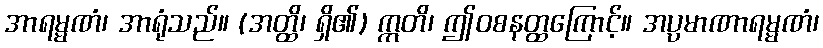
အာရမ္မဏံ၊ အာရုံသည်။ (အတ္ထိ၊ ရှိ၏) ဣတိ၊ ဤဝစနတ္ထကြောင့်။ အပ္ပမာဏာရမ္မဏံ၊